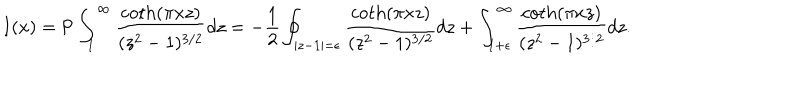
I ( x ) = \mathrm { P } \int _ { 1 } ^ { \infty } \frac { \coth ( \pi x z ) } { ( z ^ { 2 } - 1 ) ^ { 3 / 2 } } d z = - \frac { 1 } { 2 } \oint _ { | z - 1 | = \epsilon } \frac { \coth ( \pi x z ) } { ( z ^ { 2 } - 1 ) ^ { 3 / 2 } } d z + \int _ { 1 + \epsilon } ^ { \infty } \frac { \coth ( \pi x z ) } { ( z ^ { 2 } - 1 ) ^ { 3 / 2 } } d z .